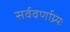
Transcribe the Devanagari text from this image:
सर्ववर्णाग्र्यः